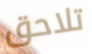
تلاحق